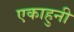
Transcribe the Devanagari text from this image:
एकाहुनी